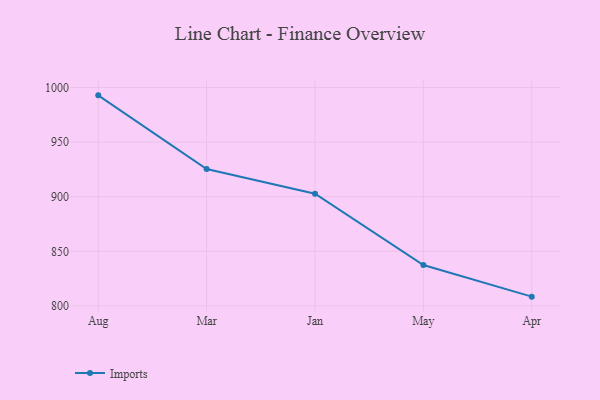
{"axis": {"x": "Month", "y": "Page Views"}, "legend": ["Imports"], "data": [{"x": "Aug", "y": 992.8, "type": "Imports"}, {"x": "Mar", "y": 925.3, "type": "Imports"}, {"x": "Jan", "y": 902.8, "type": "Imports"}, {"x": "May", "y": 837.4, "type": "Imports"}, {"x": "Apr", "y": 808.5, "type": "Imports"}]}